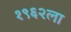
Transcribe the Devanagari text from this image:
१९६२ला